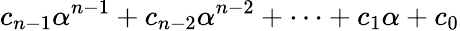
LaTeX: c_{n-1}\alpha^{n-1}+c_{n-2}\alpha^{n-2}+\cdots+c_{1}\alpha+c_{0}